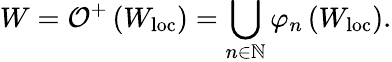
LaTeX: W=\mathcal{O}^{+}\left(W_{\mathrm{loc}}\right)=\bigcup_{n\in\mathbb{N}}\varphi_{n}\left(W_{\mathrm{loc}}\right).